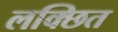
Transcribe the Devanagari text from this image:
लक्छित